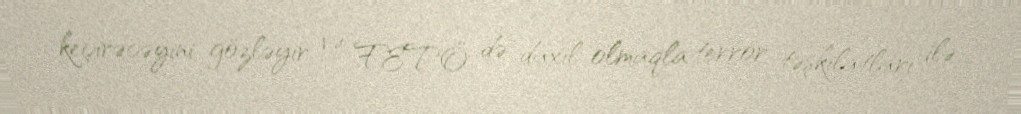
keçirəcəyini gözləyir və FETÖ də daxil olmaqla terror təşkilatları ilə